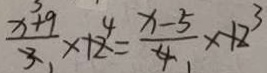
\frac { x ^ { 3 } + 9 } { 3 } \times 1 2 = \frac { x - 5 } { 4 } \times 1 2